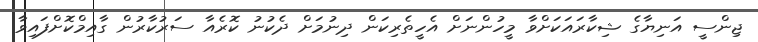
ޖިންސީ އަނިޔާގެ ޝިކާރައަކަށްވާ މީހުންނަށް އެހީތެރިކަން ދިނުމަށް ދެކުނު ކޮރެއާ ސަރުކާރުން ގާއިމްކޮށްފައިވާ